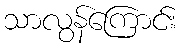
သာလွန်ကြောင်း